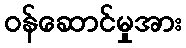
ဝန်ဆောင်မှုအား